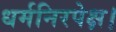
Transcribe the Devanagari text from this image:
धर्मनिरपेक्ष।